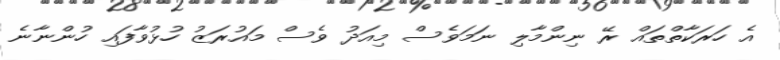
އެ ހަރަކާތްތައް ރޭ ނިންމާލި ނަމަވެސް މިއަދު ވެސް މައުރަޒު ހުޅުވާފައި ހުންނާނެ